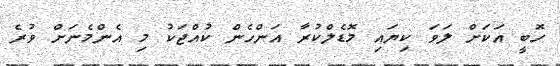
ހޮބީ އަކަށް ލަވަ ކިޔައި މޮޑެލްކުރާ އަންހެން ކުއްޖަކު މި އެންމެނަށް ވުރެ